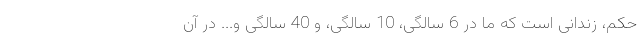
حکم، زندانی است که ما در 6 سالگی، 10 سالگی، و 40 سالگی و... در آن